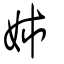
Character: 姉